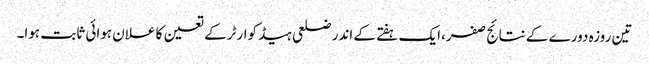
تین روزہ دورے کے نتائج صفر،ایک ہفتے کے اندر ضلعی ہیڈ کوارٹر کے تعین کا علان ہوائی ثابت ہوا۔